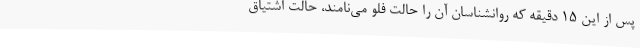
پس از این 15 دقیقه که روانشناسان آن را حالت فلو می‌نامند، حالت اشتیاق